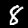
Digit: 8